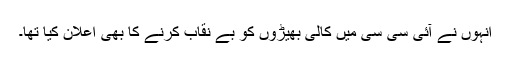
انہوں نے آئی سی سی میں کالی بھیڑوں کو بے نقاب کرنے کا بھی اعلان کیا تھا۔